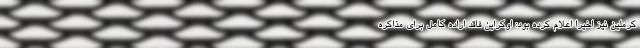
کرملین نیز اخیرا اعلام کرده بود: اوکراین فاقد اراده کامل برای مذاکره